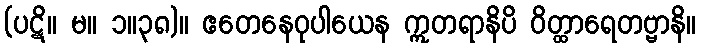
(ပဋိ။ မ။ ၁။၃၈)။ ဧတေနေဝုပါယေန ဣတရာနိပိ ဝိတ္ထာရေတဗ္ဗာနိ။